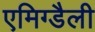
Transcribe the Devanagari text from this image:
एमिग्डैली